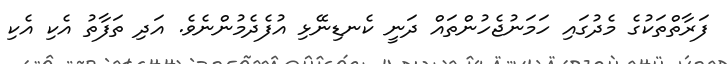
ފަރާތްތަކުގެ މެދުގައި ހަމަނުޖެހުންތައް ދަނީ ކެނޑިނޭޅި އުފެދެމުންނެވެ. އަދި ތަފާތު އެކި އެކި